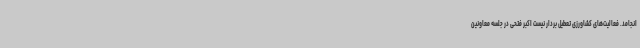
انجامد. فعالیت‌های کشاورزی تعطیل بردار نیست اکبر فتحی در جلسه معاونین